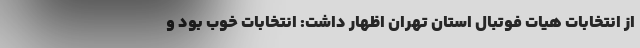
از انتخابات هیات فوتبال استان تهران اظهار داشت: انتخابات خوب بود و